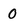
Character: 0